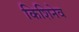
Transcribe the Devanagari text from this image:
किशिनेव